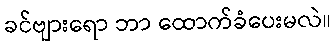
ခင်ဗျားရော ဘာ ထောက်ခံပေးမလဲ။